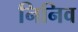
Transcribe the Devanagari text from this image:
निनिव